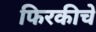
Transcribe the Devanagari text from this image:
फिरकीचे